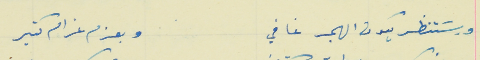
وبسَتنظر يكون الهجر غافي                                         وبعزم غرام كتير